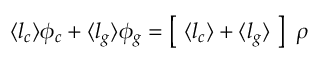
\langle l _ { c } \rangle \phi _ { c } + \langle l _ { g } \rangle \phi _ { g } = \left[ ~ \langle l _ { c } \rangle + \langle l _ { g } \rangle ~ \right] ~ \rho